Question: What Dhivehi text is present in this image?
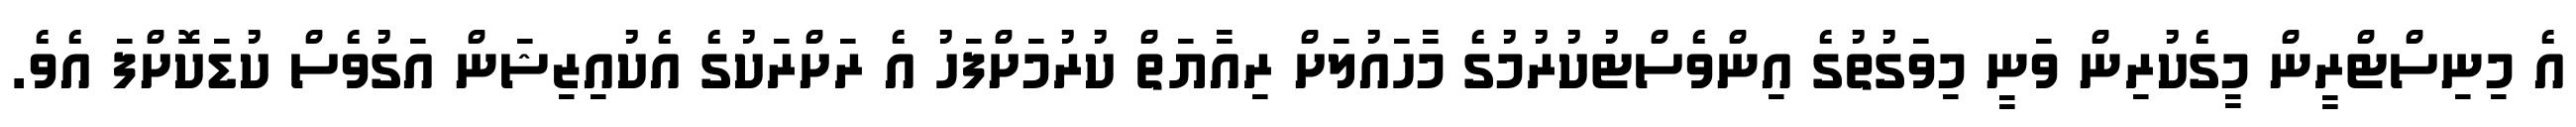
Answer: އެ މިނިސްޓްރީން މީގެކުރިން ވަނީ މިވަގުތުގެ އިންވެސްޓުކުރުމުގެ މާހައުލަށް ރިއާޔަތް ކުރުމަށްފަހު އެ ރަށްރަކުގެ އެކުއިޒިޝަން އަގުވެސް ކުޑަކޮށްފަ އެވެ.